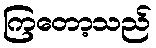
ကြတော့သည်